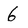
Character: 6